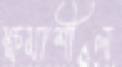
ক্ষমাশীল